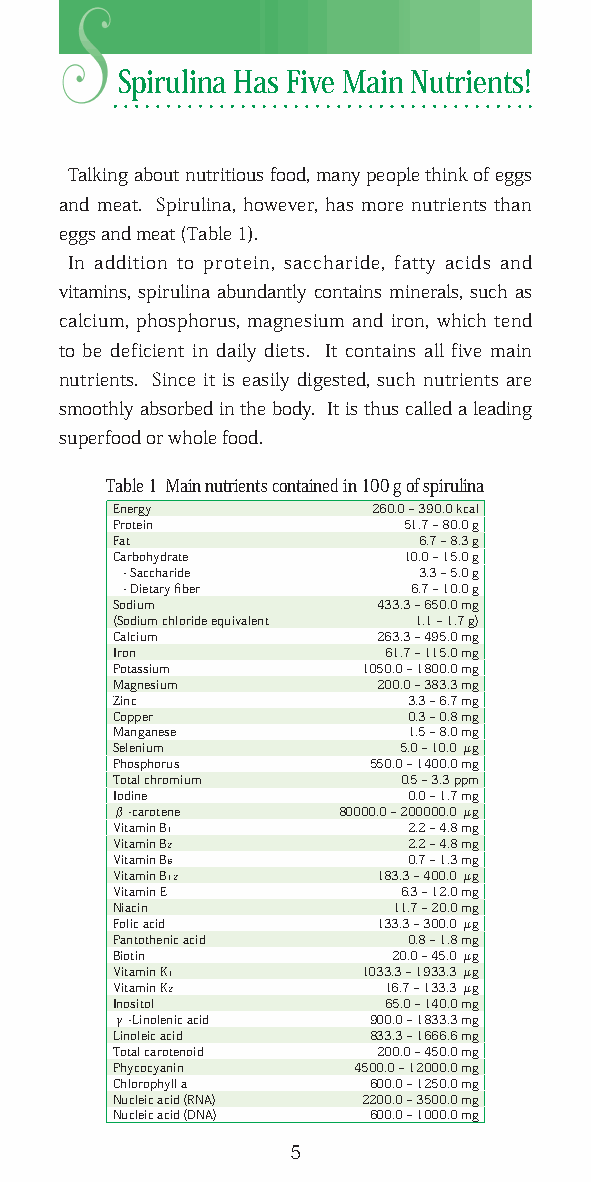
Spirulina Has Five Main Nutrients!
 Talking about nutritious food, many people think of eggs
 and meat. Spirulina, however, has more nutrients than
 eggs and meat (Table 1).
 In addition to protein, saccharide, fatty acids and
 vitamins, spirulina abundantly contains minerals, such as
 calcium, phosphorus, magnesium and iron, which tend
 to be deficient in daily diets. It contains all five main
 nutrients. Since it is easily digested, such nutrients are
 smoothly absorbed in the body. It is thus called a leading
 superfood or whole food.
 Table 1 Main nutrients contained in 100 g of spirulina
 Energy            260.0 ~ 390.0 kcal
 Protein             51.7 ~ 80.0 g
 Fat                  6.7 ~ 8.3 g
 Carbohydrate        10.0 ~ 15.0 g
 - Saccharide        3.3 ~ 5.0 g
 - Dietary fiber    6.7 ~ 10.0 g
 Sodium            433.3 ~ 650.0 mg
 (Sodium chloride equivalent 1.1 ~ 1.7 g)
 Calcium           263.3 ~ 495.0 mg
 Iron              61.7 ~ 115.0 mg
 Potassium        1050.0 ~ 1800.0 mg
 Magnesium         200.0 ~ 383.3 mg
 Zinc                3.3 ~ 6.7 mg
 Copper              0.3 ~ 0.8 mg
 Manganese           1.5 ~ 8.0 mg
 Selenium           5.0 ~ 10.0 μg
 Phosphorus       550.0 ~ 1400.0 mg
 Total chromium      0.5 ~ 3.3 ppm
 Iodine              0.0 ~ 1.7 mg
 β-carotene     80000.0 ~ 200000.0 μg
 Vitamin B1          2.2 ~ 4.8 mg
 Vitamin B2          2.2 ~ 4.8 mg
 Vitamin B6          0.7 ~ 1.3 mg
 Vitamin B12       183.3 ~ 400.0 μg
 Vitamin E          6.3 ~ 12.0 mg
 Niacin             11.7 ~ 20.0 mg
 Folic acid        133.3 ~ 300.0 μg
 Pantothenic acid    0.8 ~ 1.8 mg
 Biotin             20.0 ~ 45.0 μg
 Vitamin K1       1033.3 ~ 1933.3 μg
 Vitamin K2        16.7 ~ 133.3 μg
 Inositol          65.0 ~ 140.0 mg
 γ-Linolenic acid 900.0 ~ 1833.3 mg
 Linoleic acid    833.3 ~ 1666.6 mg
 Total carotenoid  200.0 ~ 450.0 mg
 Phycocyanin     4500.0 ~ 12000.0 mg
 Chlorophyll a    600.0 ~ 1250.0 mg
 Nucleic acid (RNA) 2200.0 ~ 3500.0 mg
 Nucleic acid (DNA) 600.0 ~ 1000.0 mg
 5